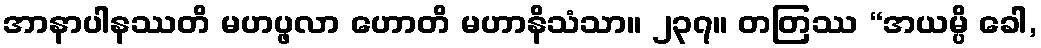
အာနာပါနဿတိ မဟပ္ဖလာ ဟောတိ မဟာနိသံသာ။ ၂၃၇။ တတြဿ “အယမ္ပိ ခေါ,